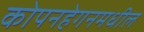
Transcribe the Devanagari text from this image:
कोपनहेगनमधील